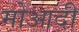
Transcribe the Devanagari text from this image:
मोआदी